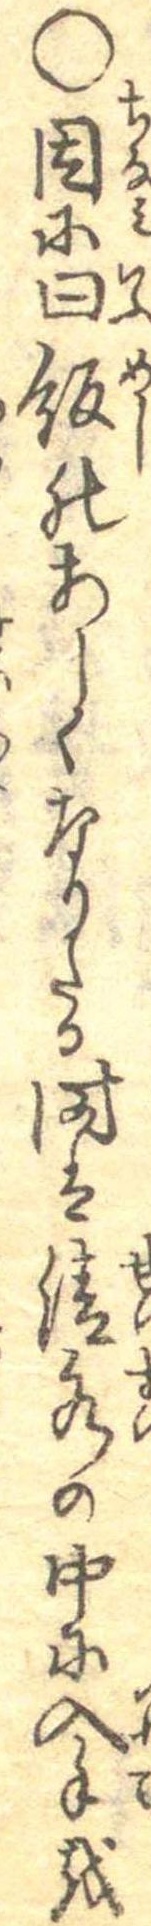
○因に曰飯のあしくなりたる時は清水の中に入手を